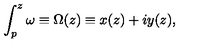
\int _ { p } ^ { z } \omega \equiv \Omega ( z ) \equiv x ( z ) + i y ( z ) ,